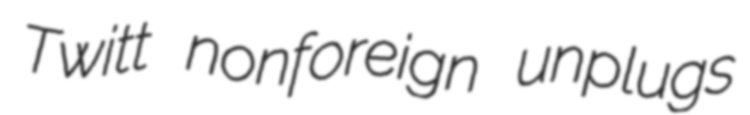
Twitt nonforeign unplugs